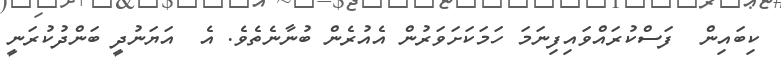
ކިބައިން  ފަސްކުރައްވައިފިނަމަ ހަމަކަށަވަރުން އެއުރެން ބުނާނެތެވެ. އެ  އަޔަނުދީ ބަންދުކުރަނީ